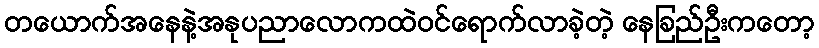
တယောက်အနေနဲ့အနုပညာလောကထဲဝင်ရောက်လာခဲ့တဲ့ နေခြည်ဦးကတော့